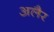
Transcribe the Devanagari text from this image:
अलैर